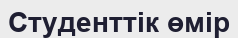
Студенттік өмір